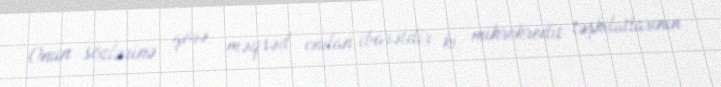
Onun sözlərinə görə, məqsəd ondan ibarətdir ki, mikrokredit təşkilatlarının